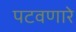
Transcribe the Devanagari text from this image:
पटवणारे